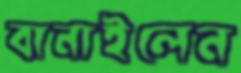
বানাইলেন